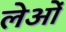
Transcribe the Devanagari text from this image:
लेओं